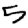
Digit: 5